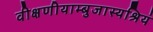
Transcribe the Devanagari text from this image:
वीक्षणीयाम्बुजास्यश्रियं